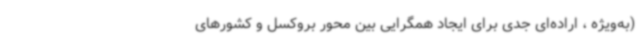
(به‌ویژه ، اراده‌ای جدی برای ایجاد همگرایی بین محور بروکسل و کشورهای